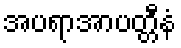
အပရာအာပတ္တီနံ